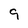
Character: 9